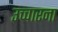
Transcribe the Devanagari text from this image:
उच्चारना